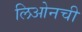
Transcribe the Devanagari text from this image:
लिओनची